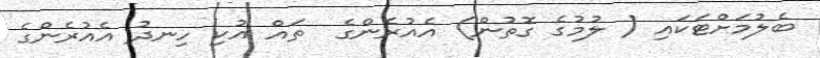
ބެލުމަށްޓަކައި ( ލުމުގެ ގޮތުން) އެއުރެންގެ  ތައް އުކި ހިނދު އެއުރެންގެ